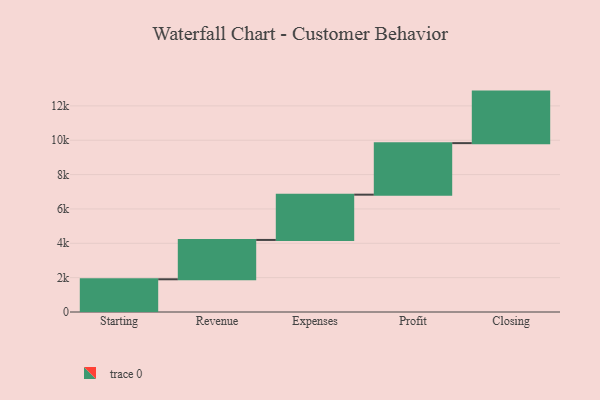
{"axis": {"x": "Step", "y": "Value"}, "legend": [""], "data": [{"x": "Starting", "y": 1905.0, "type": ""}, {"x": "Revenue", "y": 2290.0, "type": ""}, {"x": "Expenses", "y": 2636.0, "type": ""}, {"x": "Profit", "y": 3000, "type": ""}, {"x": "Closing", "y": 3000, "type": ""}]}